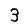
Digit: 3